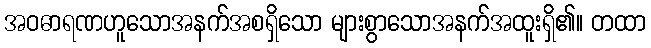
အဝဓာရဏဟူသောအနက်အစရှိသော များစွာသောအနက်အထူးရှိ၏။ တထာ